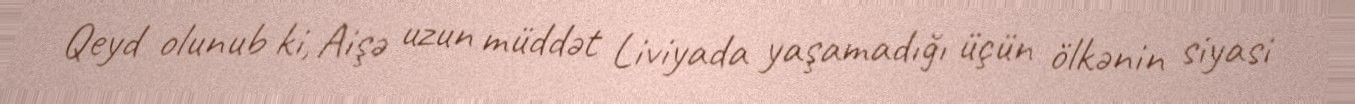
Qeyd olunub ki, Aişə uzun müddət Liviyada yaşamadığı üçün ölkənin siyasi